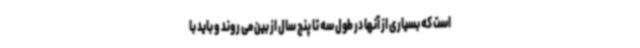
است که بسیاری از آنها در طول سه تا پنج سال از بین می روند و باید با